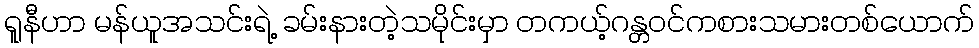
ရူနီဟာ မန်ယူအသင်းရဲ့ ခမ်းနားတဲ့သမိုင်းမှာ တကယ့်ဂန္တဝင်ကစားသမားတစ်ယောက်